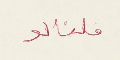
قلنالو